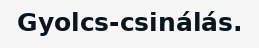
Gyolcs-csinálás.